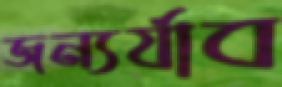
জন্যর্যাব